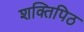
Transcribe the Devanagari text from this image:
शक्तिपिठ